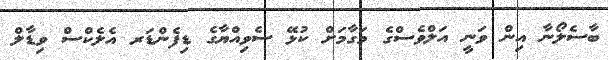
ބާސެލޯނާ އިން ވަނީ އަލްވެސްގެ މަގާމަށް ކުޅޭ ސެވިއްޔާގެ ޑިފެންޑަރ އެލެކްސް ވިޑާލް